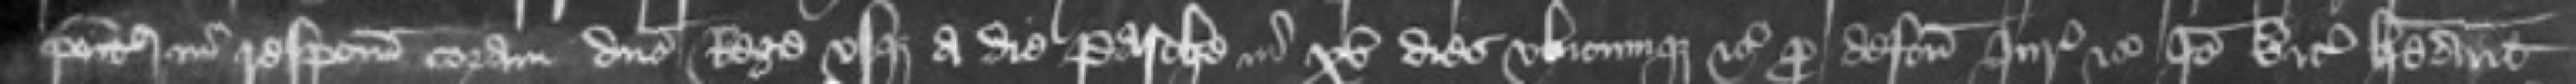
ponitur in respectum coram domino Rege usque a die Pasche in xv dies ubicumque etc pro defectu Juratorum etc Ideo vicecomites habeant